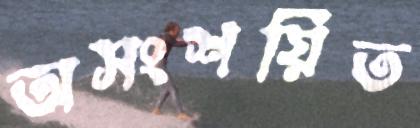
অসংশয়িত